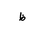
Letter: _za